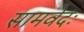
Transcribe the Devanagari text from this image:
सामवेदः